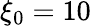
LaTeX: \xi_{0}=10